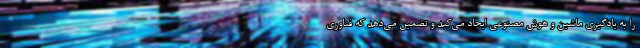
را به یادگیری ماشین و هوش مصنوعی ایجاد می‌کند و تضمین می‌دهد که فناوری